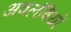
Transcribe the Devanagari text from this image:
अवलंबियों